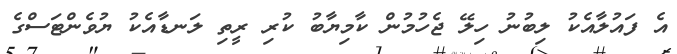
އެ ފައުލާއެކު ލިބުނު ހިލޭ ޖެހުމުން ކާމިޔާބު ކުރި ރީތި ލަނޑާއެކު ޔުވެންޓަސްގެ